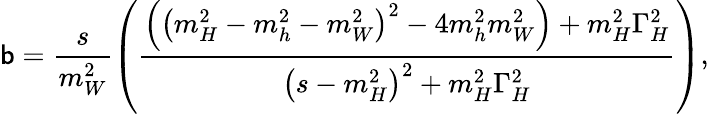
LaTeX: \mathsf{b}=\frac{{s}}{{m_{W}^{2}}}\left(\frac{{\left(\left(m_{H}^{2}-m_{h}^{2}-m_{W}^{2}\right)^{2}-4m_{h}^{2}m_{W}^{2}\right)+m_{H}^{2}\Gamma_{H}^{2}}}{{\left(s-m_{H}^{2}\right)^{2}+m_{H}^{2}\Gamma_{H}^{2}}}\right),